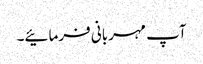
آپ مہربانی فرمائیے۔